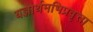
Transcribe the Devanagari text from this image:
यज्ञार्थमभिप्रवृत्ता